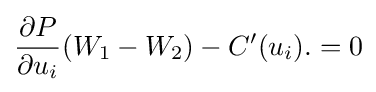
{\frac {\partial P}{\partial u_{i}}}(W_{1}-W_{2})-C'(u_{i}).=0